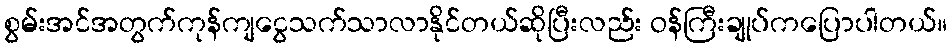
စွမ်းအင်အတွက်ကုန်ကျငွေသက်သာလာနိုင်တယ်ဆိုပြီးလည်း ဝန်ကြီးချုပ်ကပြောပါတယ်။